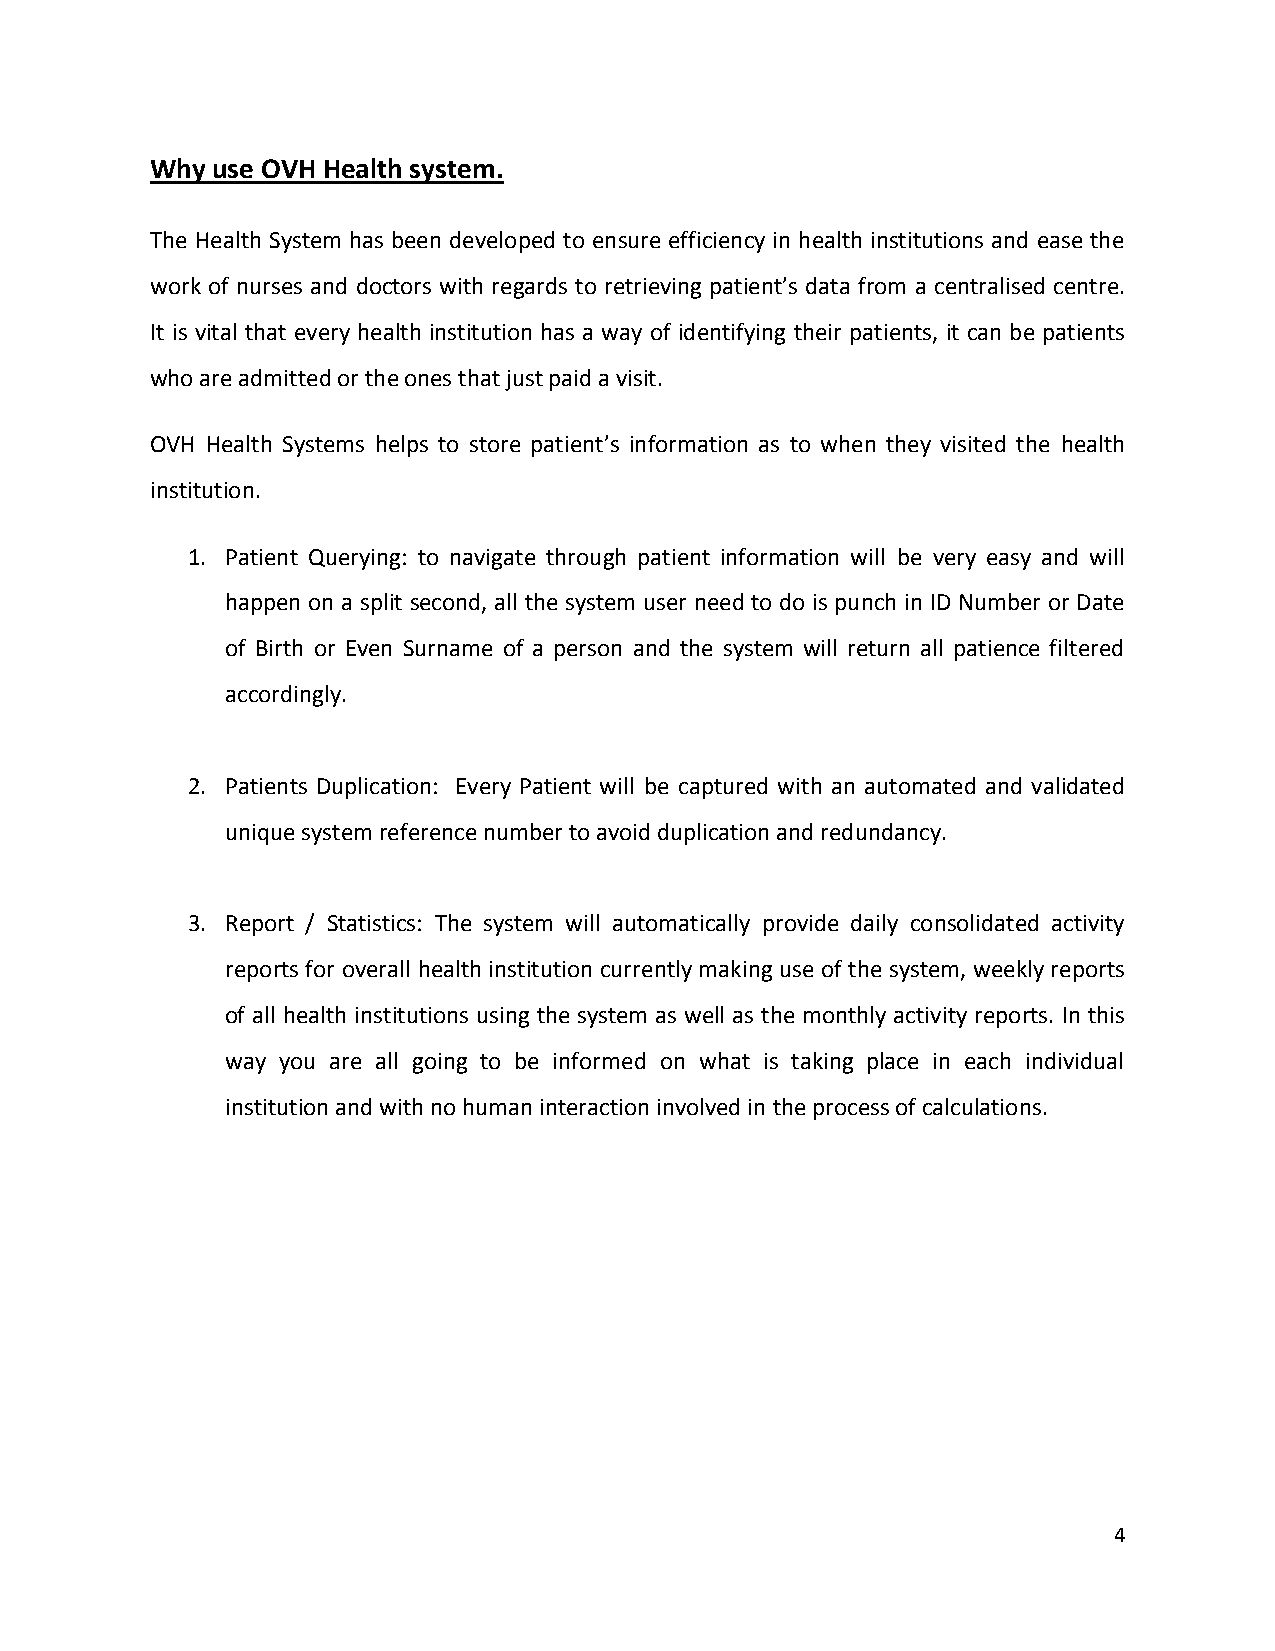
Why use OVH Health system.
 The Health System has been developed to ensure efficiency in health institutions and ease the
 work of nurses and doctors with regards to retrieving patient’s data from a centralised centre.
 It is vital that every health institution has a way of identifying their patients, it can be patients
 who are admitted or the ones that just paid a visit.
 OVH Health Systems helps to store patient’s information as to when they visited the health
 institution.
 1. Patient Querying: to navigate through patient information will be very easy and will
 happen on a split second, all the system user need to do is punch in ID Number or Date
 of Birth or Even Surname of a person and the system will return all patience filtered
 accordingly.
 2. Patients Duplication: Every Patient will be captured with an automated and validated
 unique system reference number to avoid duplication and redundancy.
 3. Report / Statistics: The system will automatically provide daily consolidated activity
 reports for overall health institution currently making use of the system, weekly reports
 of all health institutions using the system as well as the monthly activity reports. In this
 way you are all going to be informed on what is taking place in each individual
 institution and with no human interaction involved in the process of calculations.
 4